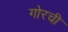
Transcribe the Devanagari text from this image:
गोरची